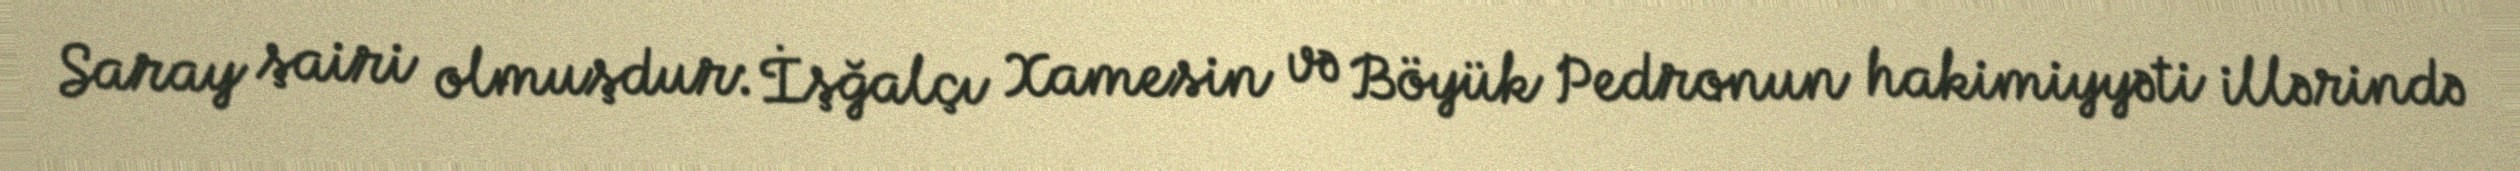
Saray şairi olmuşdur: İşğalçı Xamesin və Böyük Pedronun hakimiyyəti illərində